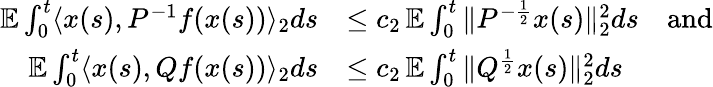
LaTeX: \begin{array}{rl}{\mathbb E\int_{0}^{t}\langle x(s),P^{-1}f(x(s))\rangle_{2}ds}&{\leq c_{2}\, \mathbb E\int_{0}^{t}\| P^{-\frac{1}{2}}x(s)\| _{2}^{2}ds\quad\mathrm{and}}\\ {\mathbb E\int_{0}^{t}\langle x(s),Qf(x(s))\rangle_{2}ds}&{\leq c_{2}\, \mathbb E\int_{0}^{t}\| Q^{\frac{1}{2}}x(s)\| _{2}^{2}ds}\end{array}